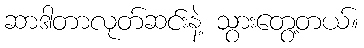
ဆာဒါတာလုတ်ဆင်းနဲ့ သွားတွေ့တယ်။